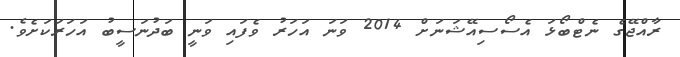
ރާއްޖޭގެ ނެޓްބޯޅަ އެސޯސިއޭޝަނަށް 2014 ވަނަ އަހަރު ވެފައި ވަނީ ބަދުނަސީބު އަހަރަކަށެވެ.